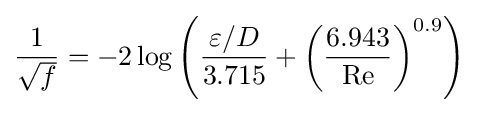
{\frac {1}{\sqrt {f}}}=-2\log \left({\frac {\varepsilon /D}{3.715}}+\left({\frac {6.943}{\mathrm {Re} }}\right)^{0.9}\right)